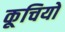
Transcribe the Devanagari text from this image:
कूचियों